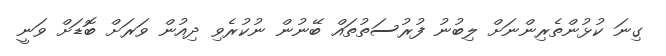
ގިނަ ކުޅުންތެރިންނަށް ލިބުނު ފުރުސަތުތައް ބޭނުން ނުކުރެވި ދިއުން ވަރަށް ބޮޑަށް ވަނީ